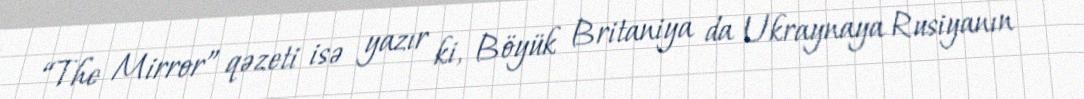
“The Mirror” qəzeti isə yazır ki, Böyük Britaniya da Ukraynaya Rusiyanın